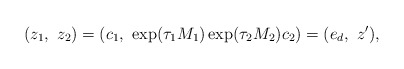
\begin{align*}(z_1,\ z_2) = (c_1,\ \exp(\tau_1M_1)\exp(\tau_2M_2)c_2) =(e_d,\ z'),\end{align*}